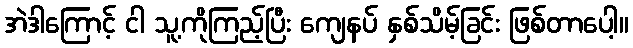
အဲဒါကြောင့် ငါ သူ့ကိုကြည့်ပြီး ကျေနပ် နှစ်သိမ့်ခြင်း ဖြစ်တာပေါ့။